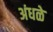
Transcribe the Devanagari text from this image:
अंधळे